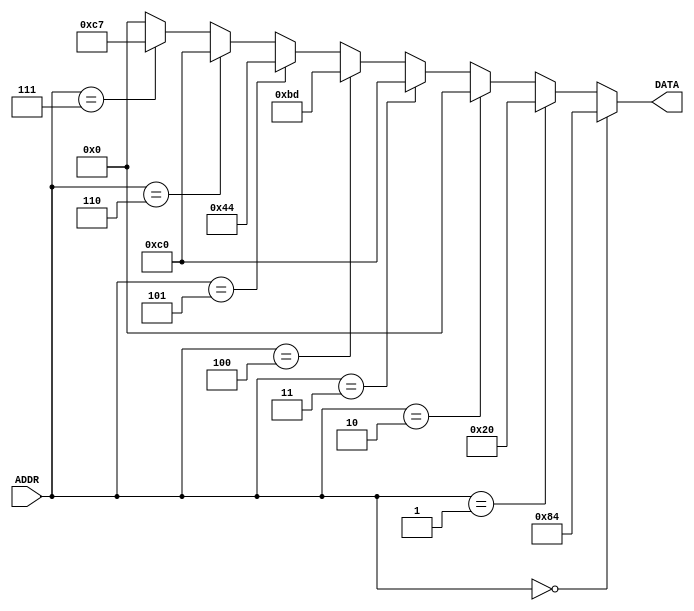
module MEMORY(ADDR, DATA);
	input  [5:0] ADDR;
	output [7:0] DATA;

	wire   [7:0] DATA;

	assign DATA =
		ADDR == 6'b000000 ? 8'b10000100 : // MOVC 0x1, R0
		ADDR == 6'b000001 ? 8'b00100000 : // AND R0, R0
		ADDR == 6'b000010 ? 8'b00000000 : // MOV R0, R0 (NOP)
		ADDR == 6'b000011 ? 8'b11000000 : // JMP 0x0
		ADDR == 6'b000100 ? 8'b10111101 : // MOVC 0xF, R1
		ADDR == 6'b000101 ? 8'b01000100 : // ADD R1, R0
		ADDR == 6'b000110 ? 8'b11000000 : // JMP 0x0
		ADDR == 6'b000111 ? 8'b11000111 : // JMP 0x7
		8'b00000000 // NOP
	;

endmodule